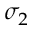
\sigma _ { 2 }